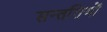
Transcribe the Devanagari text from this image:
सन्ततियों